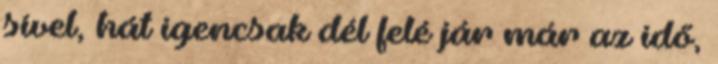
sível, hát igencsak dél felé jár már az idő,